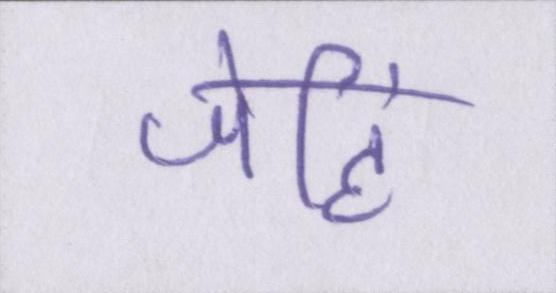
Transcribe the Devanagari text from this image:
जेहिं